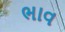
ભાવ